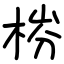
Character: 梤